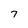
Character: 7